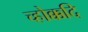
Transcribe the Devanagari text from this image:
च्होक्कदि